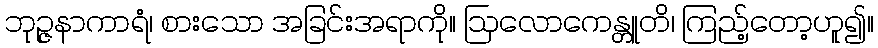
ဘုဉ္ဇနာကာရံ၊ စားသော အခြင်းအရာကို။ ဩလောကေန္တူတိ၊ ကြည့်တော့ဟူ၍။